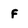
Character: f